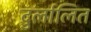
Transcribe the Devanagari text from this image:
दुर्लालित